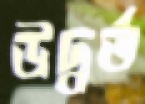
উদ্বর্ত